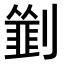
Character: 𠠃